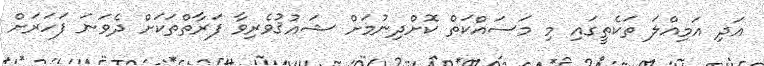
އަދި އަމިއްލަ ތަކެތީގައި މި މަސައްކަތް ކޮށްދިނުމަށް ޝައުޤުވެރިވާ ފަރާތްތަކަށް ދެވަނަ ފަހަރަށް